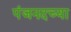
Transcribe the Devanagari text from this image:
पंजनदच्या